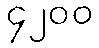
၄၂၀၀